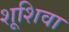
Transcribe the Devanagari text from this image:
शूशिवा